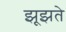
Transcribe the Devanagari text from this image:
झूझते